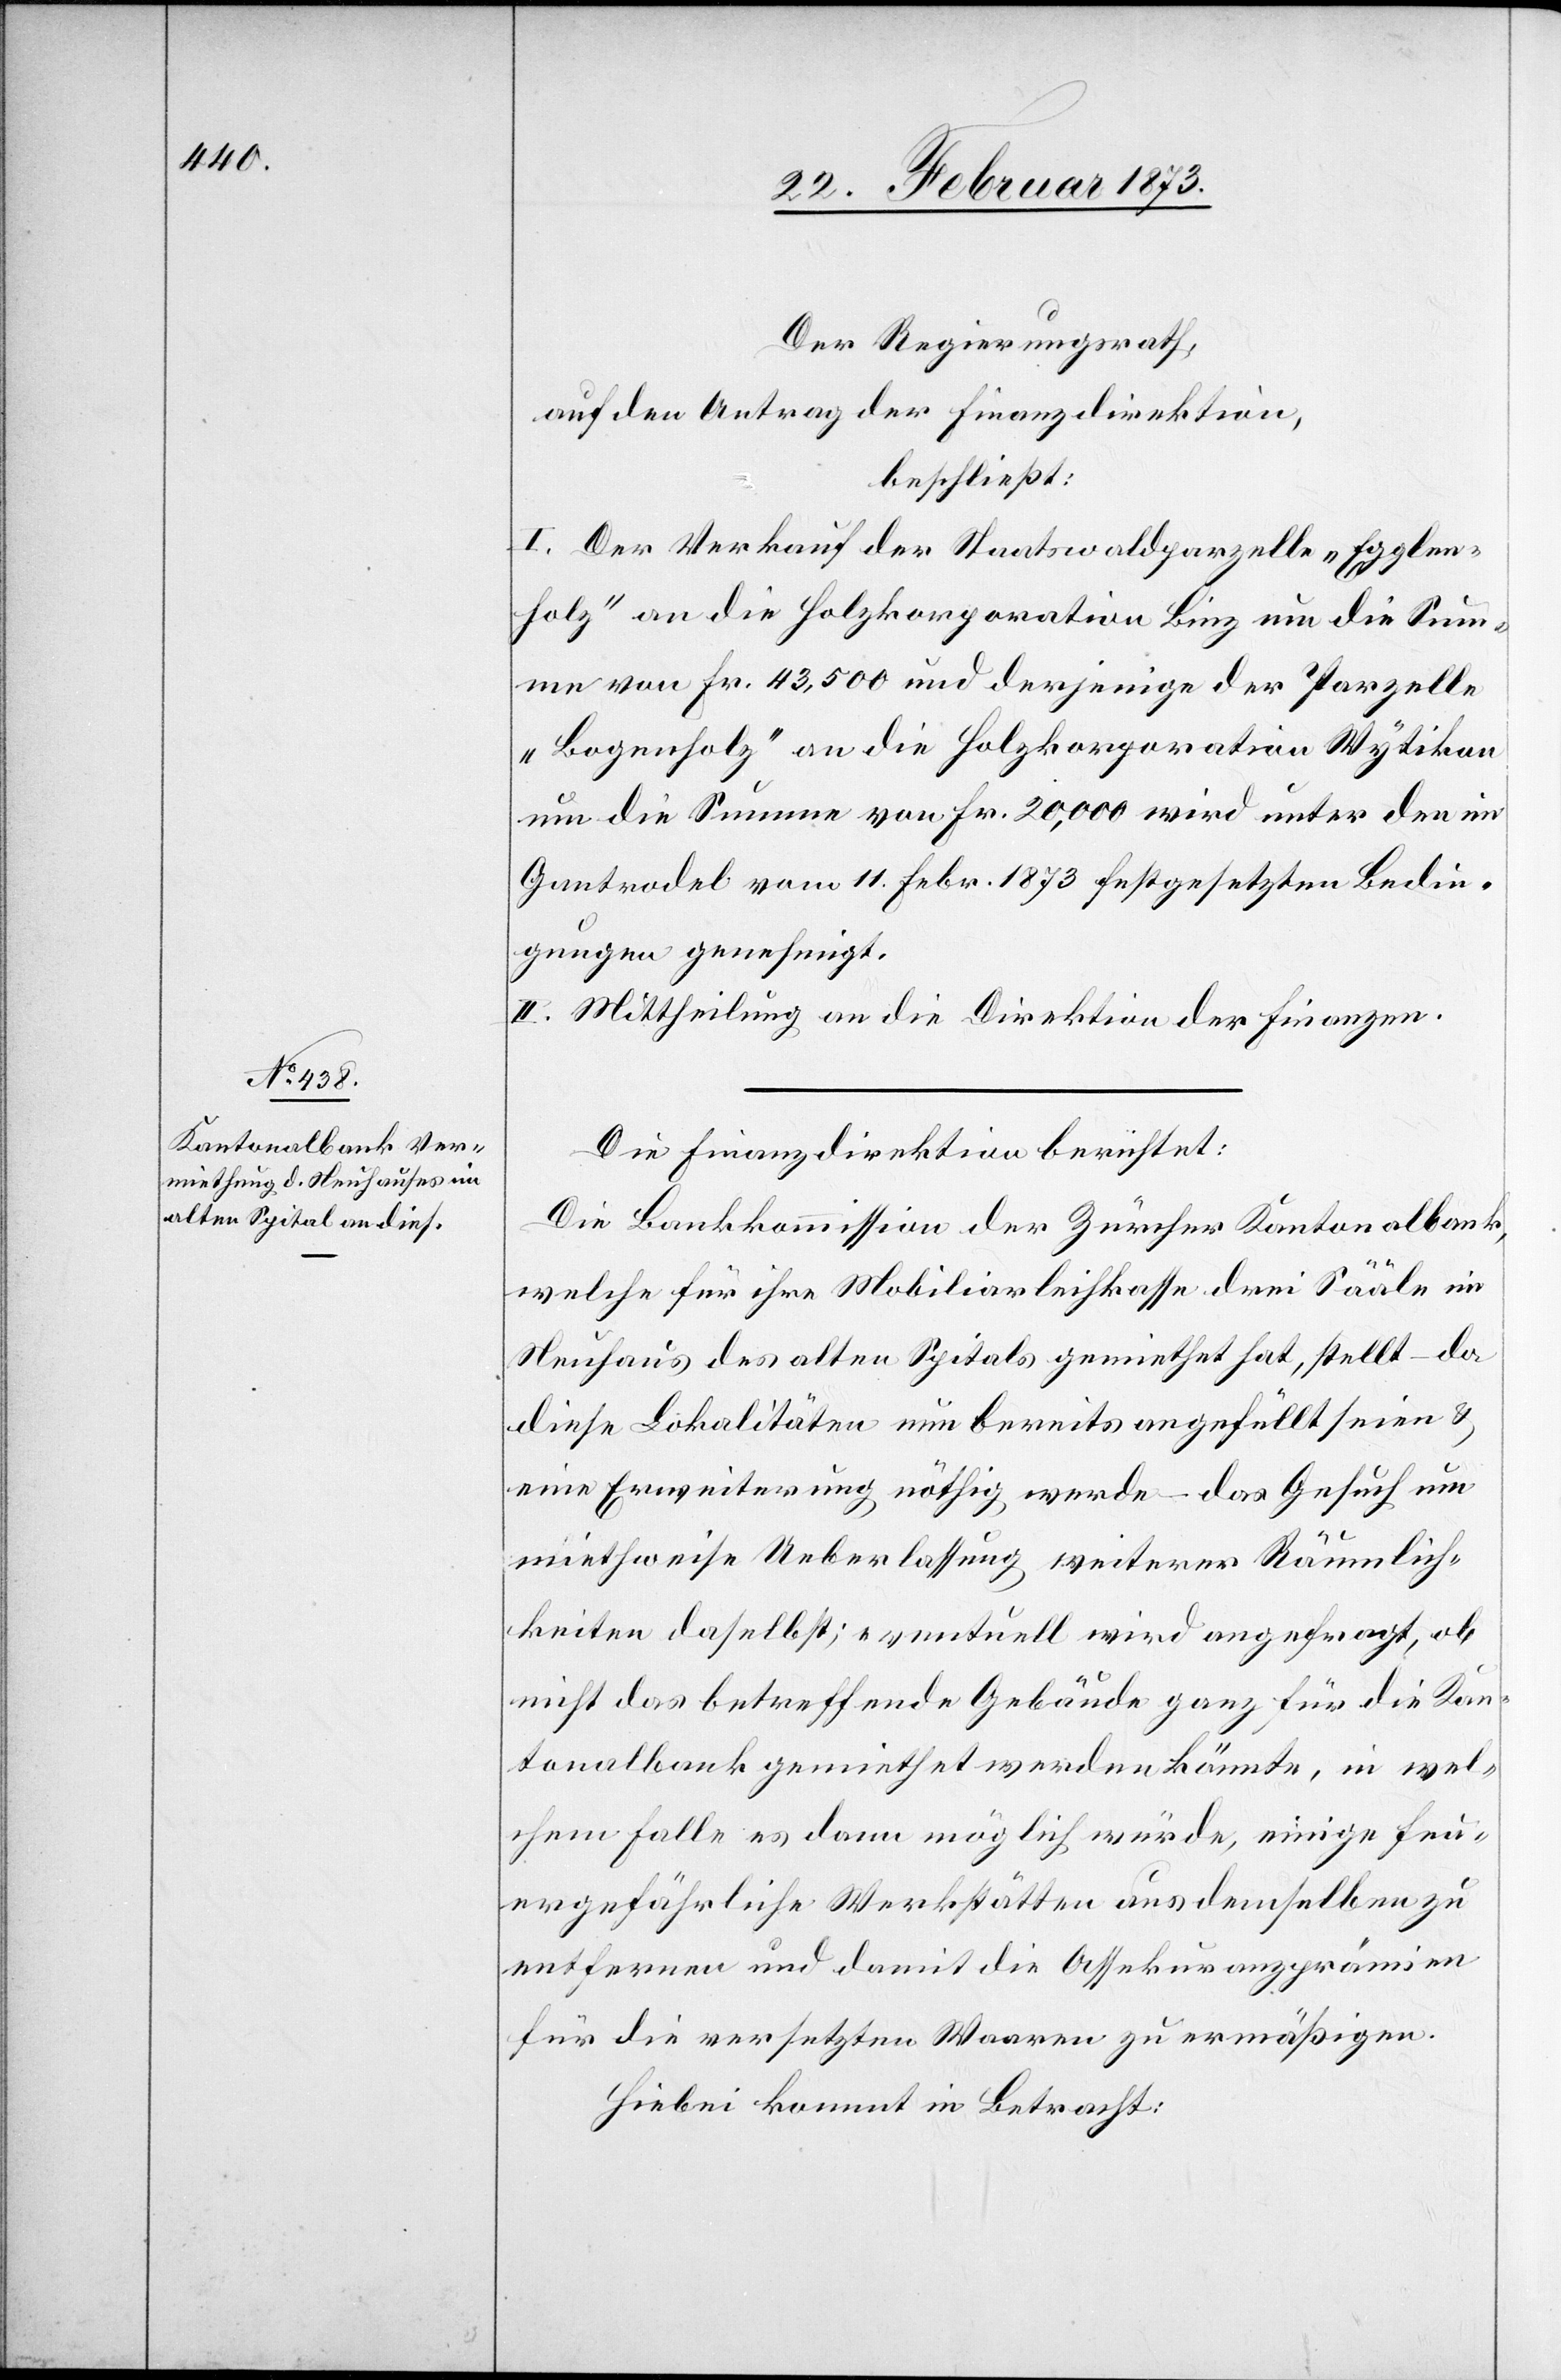
Der Regierungsrath,
auf den Antrag der Finanzdirektion,
beschließt:
I. Der Verkauf der Staatswaldparzelle „Egglen¬
holz“ an die Holzkorporation Binz um die Sum¬
me von Fr. 43,500 und derjenige der Parzelle
„Bogenholz“ an die Holzkorporation Wytikon
um die Summe von Fr. 20,000 wird unter den im
Gantrodel vom 11. Febr. 1873 festgesetzten Bedin¬
gungen genehmigt.
II. Mittheilung an die Direktion der Finanzen.
Die Finanzdirektion berichtet:
Die Bankkommission der Zürcher Kantonalbank,
welche für ihre Mobiliarleihkasse drei Sääle im
Neuhaus des alten Spitals gemiethet hat, stellt – da
diese Lokalitäten nun bereits angefüllt seien u.
eine Erweiterung nöthig werde – das Gesuch um
miethweise Ueberlassung weiterer Räumlich¬
keiten daselbst; eventuell wird angefragt, ob
nicht das betreffende Gebäude ganz für die Kan¬
tonalbank gemiethet werden könnte, in wel¬
chem Falle es denn möglich würde, einige feu¬
ergefährliche Werkstätten aus demselben zu
entfernen und damit die Assekuranzprämien
für die versetzten Waaren zu ermäßigen.
Hiebei kommt in Betracht: